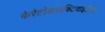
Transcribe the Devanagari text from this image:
केरेटोकंजक्टिवाइटिस